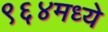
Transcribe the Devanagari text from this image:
९६४मध्ये